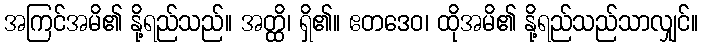
အကြင်အမိ၏ နို့ရည်သည်။ အတ္ထိ၊ ရှိ၏။ ဧတဒေဝ၊ ထိုအမိ၏ နို့ရည်သည်သာလျှင်။